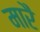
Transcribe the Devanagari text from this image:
मारै